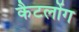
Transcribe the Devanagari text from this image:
कैटलोंग